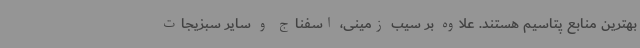
بهترین منابع پتاسیم هستند. علاوه بر سیب زمینی، اسفناج و سایر سبزیجات